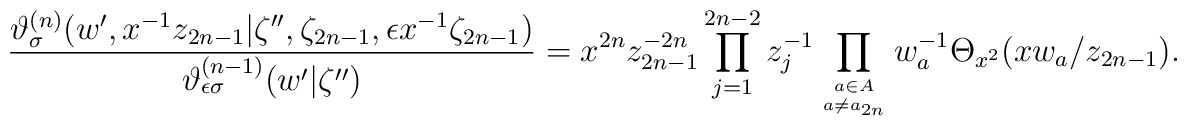
\displaystyle \frac{\vartheta_{\sigma}^{(n)}(w', x^{-1}z_{2n-1} |\zeta'',\zeta_{2n-1}, \epsilon x^{-1} \zeta_{2n-1})}{\vartheta_{\epsilon\sigma}^{(n-1)}(w' |\zeta'')}=\displaystyle x^{2n}z_{2n-1}^{-2n}\prod_{j=1}^{2n-2} z_j^{-1} \prod_{a\in A\atop a\neq a_{2n}}w_a^{-1} \Theta_{x^2}(x w_{a}/z_{2n-1}).